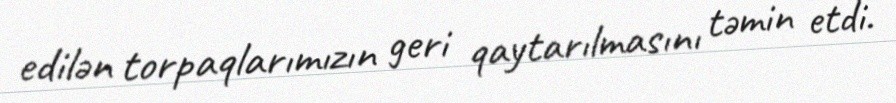
edilən torpaqlarımızın geri qaytarılmasını təmin etdi.